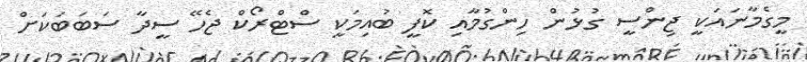
މީގެމާނައަކީ ޖިންސީ ގުޅުން ހިންގުމާއި ކޮފީ ބުއިމަކީ ސްޓްރޯކް ޖެހޭ ސީދާ ސަބަބަކަށް